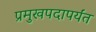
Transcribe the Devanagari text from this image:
प्रमुखपदापर्यंत